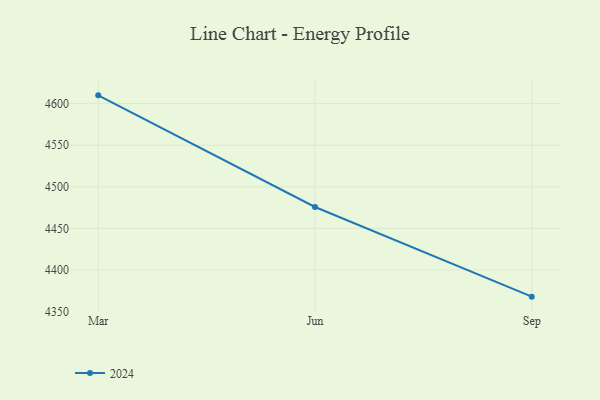
{"axis": {"x": "Month", "y": "Backlog"}, "legend": ["2024"], "data": [{"x": "Mar", "y": 4610.0, "type": "2024"}, {"x": "Jun", "y": 4475.7, "type": "2024"}, {"x": "Sep", "y": 4367.8, "type": "2024"}]}